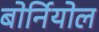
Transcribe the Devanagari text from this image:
बोर्नियोल